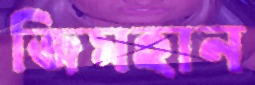
জিমহান